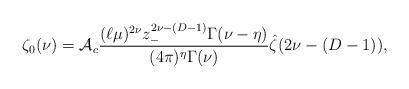
LaTeX: \begin{align*}\zeta_{0}(\nu) = {\cal A}_c {(\ell\mu)^{2\nu} z_{-}^{2\nu-(D-1)} \Gamma(\nu-\eta) \over (4\pi)^{\eta}\Gamma(\nu)}\hat \zeta(2\nu-(D-1)),\end{align*}